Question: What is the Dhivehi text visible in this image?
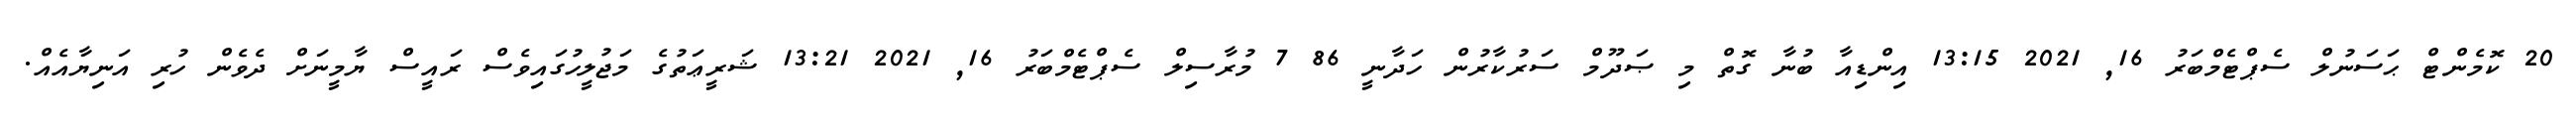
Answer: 20 ކޮމެންޓް ޙަސަނުލް ސެޕްޓެމްބަރު 16, 2021 13:15 އިންޑިއާ ބުނާ ގޮތް މި ޞަދޫމް ސަރުކާރުން ހަދާނީ 86 7 މުރާސިލް ސެޕްޓެމްބަރު 16, 2021 13:21 ޝަރީޢަތުގެ މަޖުލީހުގައިވެސް ރައީސް ޔާމީނަށް ދެވެން ހުރި އަނިޔާއެއް.